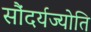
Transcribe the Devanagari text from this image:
सौंदर्यज्योति